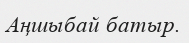
Аңшыбай батыр.